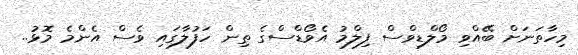
މިހާތަނަށް ބޭއްވި މޯލްޑިވްސް ފިލްމު އެވޯޑްސްގެ ތިން ހަފުލާގައި ވެސް އެންމެ މޮޅު..